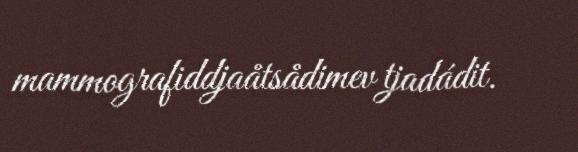
mammografiddjaåtsådimev tjadádit.